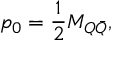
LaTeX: p _ { 0 } = \frac { 1 } { 2 } M _ { Q \bar { Q } } ,